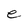
Character: e